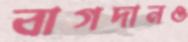
বাগদানও